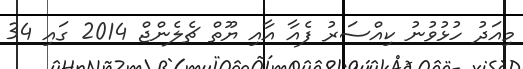
މިއަދު ހުޅުވުނު ކިއްސަރު ފެއާ އާއި ޔޫތް ޗެލެންޖް 2014 ގައި 34